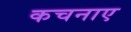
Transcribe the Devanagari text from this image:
कचनाए